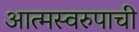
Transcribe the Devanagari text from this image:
आत्मस्वरुपाची